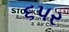
૬પર